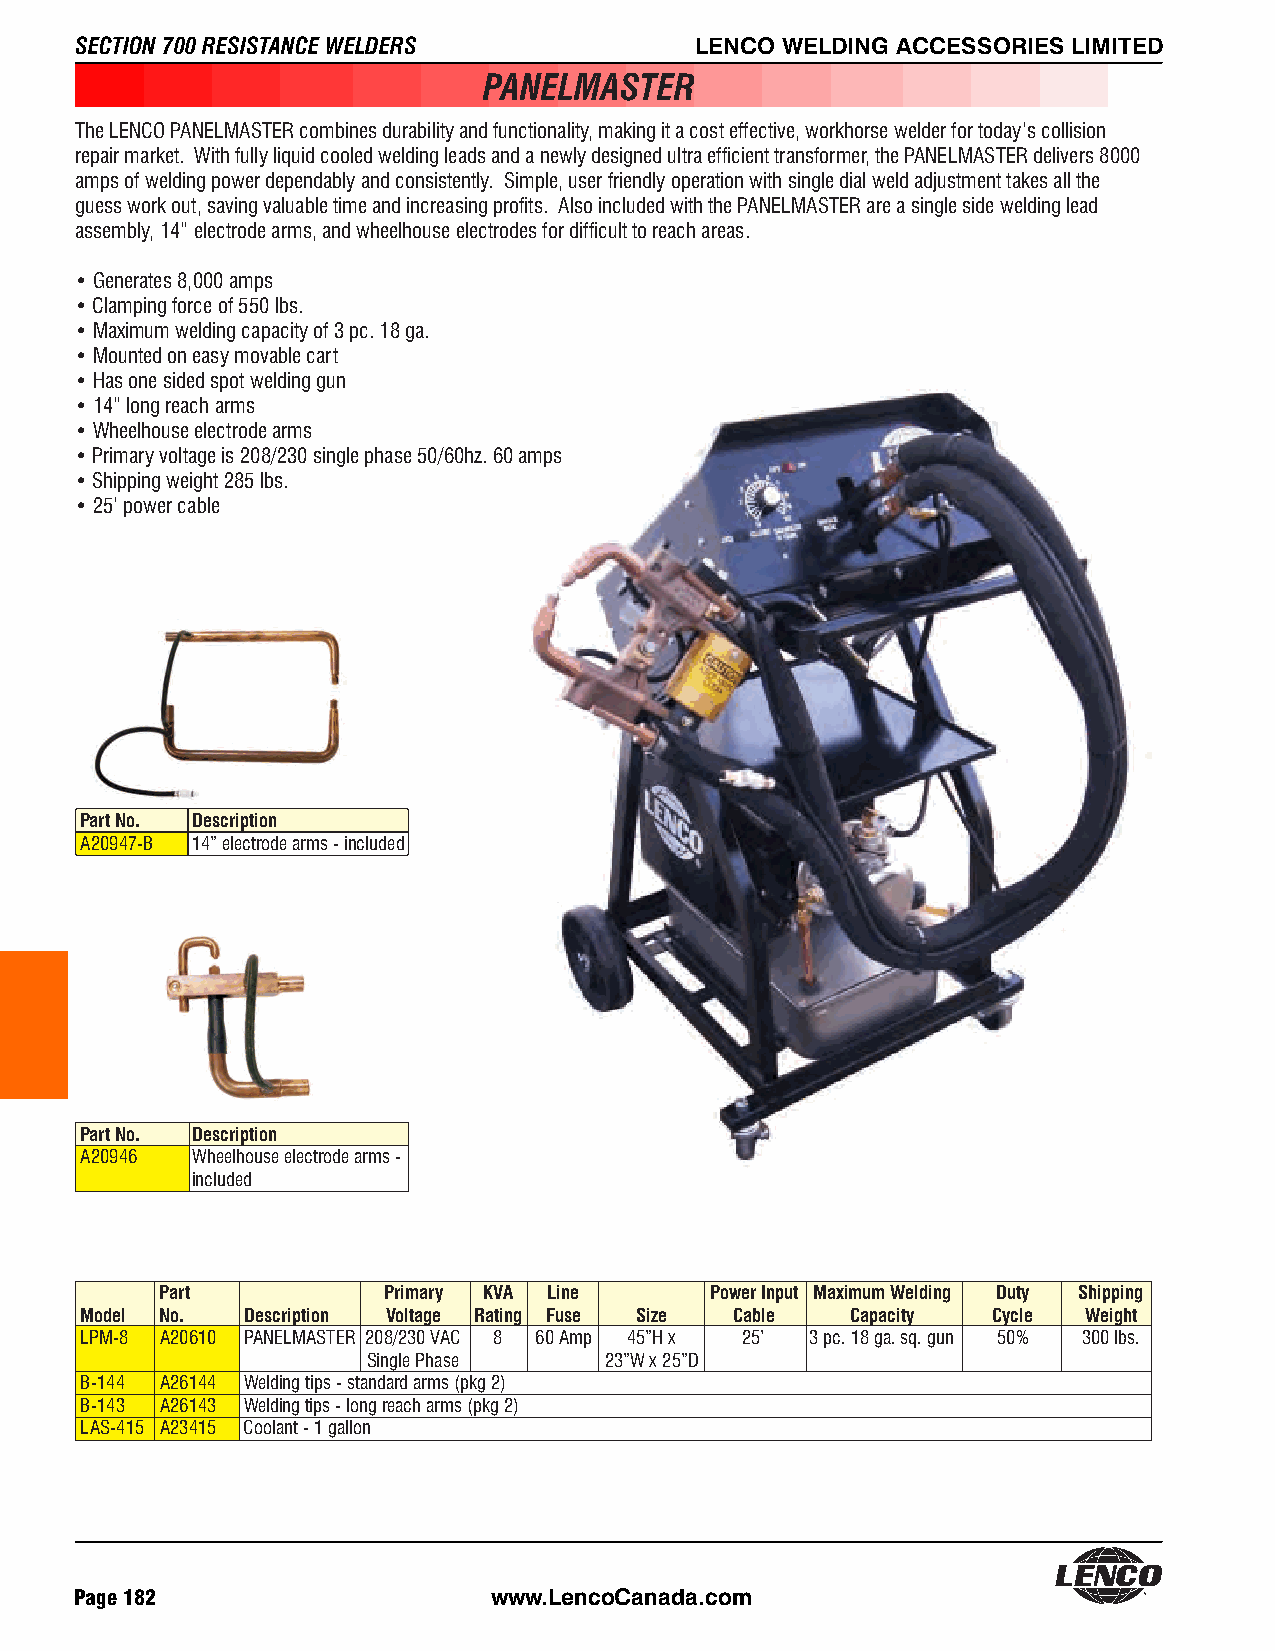
SECTION 700 RESISTANCE WELDERS           LENCO WELDING ACCESSORIES LIMITED             LENCO WELDING ACCESSORIES LIMITED
 PANELMASTER
 The LENCO PANELMASTER combines durability and functionality, making it a cost effective, workhorse welder for today’s collision
 repair market. With fully liquid cooled welding leads and a newly designed ultra efficient transformer, the PANELMASTER delivers 8000
 amps of welding power dependably and consistently. Simple, user friendly operation with single dial weld adjustment takes all the
 guess work out, saving valuable time and increasing profits. Also included with the PANELMASTER are a single side welding lead
 assembly, 14” electrode arms, and wheelhouse electrodes for difficult to reach areas.
 • Generates 8,000 amps
 • Clamping force of 550 lbs.
 • Maximum welding capacity of 3 pc. 18 ga.
 • Mounted on easy movable cart
 • Has one sided spot welding gun
 • 14” long reach arms
 • Wheelhouse electrode arms
 • Primary voltage is 208/230 single phase 50/60hz. 60 amps
 • Shipping weight 285 lbs.
 • 25’ power cable
 Part No. Description
 A20947-B 14” electrode arms - included
 Part No. Description
 A20946  Wheelhouse electrode arms -
 included
 Part          Primary KVA Line      Power Input Maximum Welding Duty Shipping
 Model No.  Description Voltage Rating Fuse Size Cable Capacity Cycle Weight
 LPM-8 A20610 PANELMASTER 208/230 VAC 8 60 Amp 45”H x 25’ 3 pc. 18 ga. sq. gun 50% 300 lbs.
 Single Phase    23”W x 25”D
 B-144 A26144 Welding tips - standard arms (pkg 2)
 B-143 A26143 Welding tips - long reach arms (pkg 2)
 LAS-415 A23415 Coolant - 1 gallon
 Page 182                    www.LencoCanada.com                                                                   www.LencoCanada.com